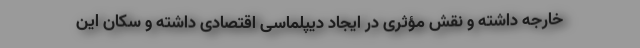
خارجه داشته و نقش مؤثری در ایجاد دیپلماسی اقتصادی داشته و سکان این